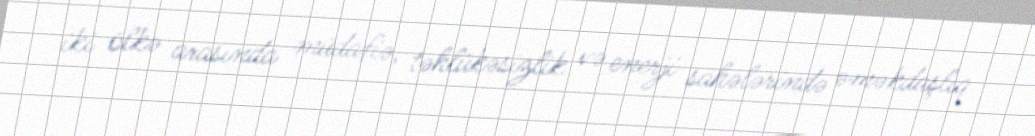
iki ölkə arasında müdafiə, təhlükəsizlik və enerji sahələrində əməkdaşlıq